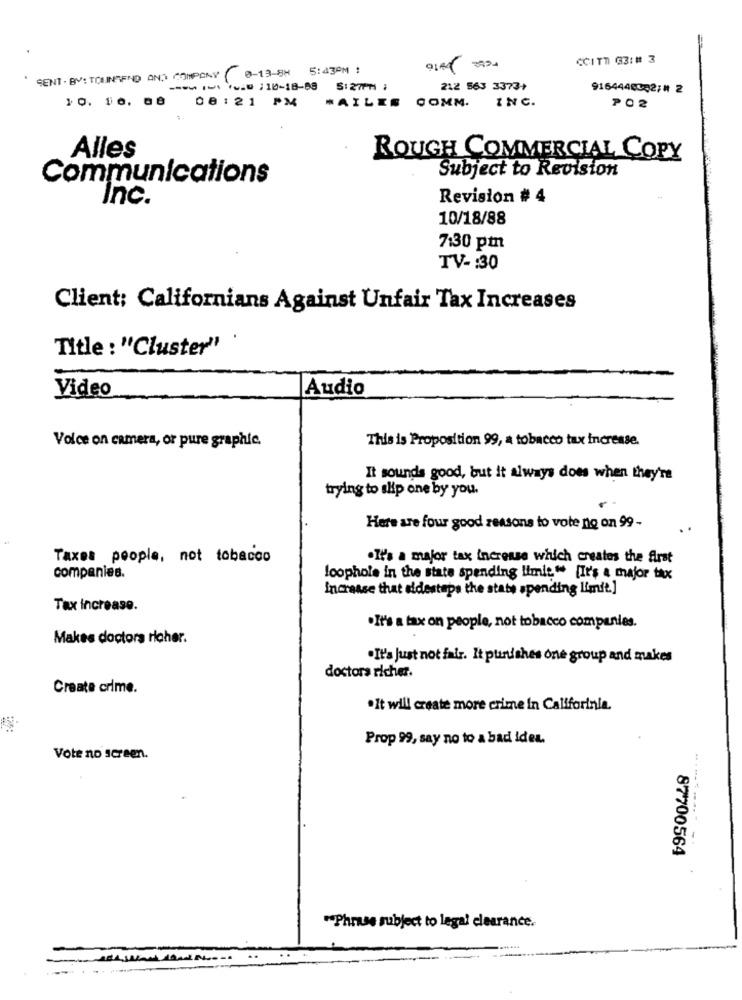
CCITT 33:# 3
SENT . BV: TOWNSEND AND COMPANY 0-13-8H
5:43PM :
---- -- -- 10-18-88 5:27PM;
212 563 3373+
9164448032;# 2
10. 10. 08 08:21 PM
INC.
#AILES COMM.
PO2
Alles
ROUGH COMMERCIAL COPY
Subject to Revision
Communications
Inc.
Revision # 4
10/18/88
7:30 pm
TV -: 30
Client: Californians Against Unfair Tax Increases
Title : "Cluster"
Video
Audio
Voice on camera, or pure graphie.
This is Proposition 99, a tobacco tax increase.
It sounds good, but it always does when they're
trying to skip one by you.
Here are four good reasons to vote no on 99 -
Taxes people, not tobacco
.It's a major tax increase which creates the first
companies.
loophole in the state spending Iimic" [It's a major tax
Increase that oldestaps the state spending limit]
Tax increase.
.It's a tax on people, not tobacco companies.
Makes doctora richer.
.It's Just not fair. It punishes one group and makes
doctora richer.
Create crime.
.It will create more crime in Califorinia.
Prop 99, say no to a bad idea.
Vote no screen.
87700564
"Phrase subject to legal clearance.